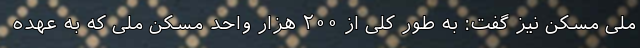
ملی مسکن نیز گفت: به طور کلی از ۲۰۰ هزار واحد مسکن ملی که به عهده